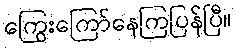
ကြွေးကြော်နေကြပြန်ပြီ။